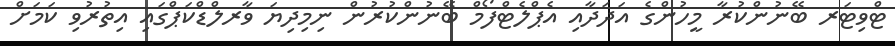
ޓްވިޓަރ ބޭނުންކުރާ މީހުންގެ އަދަދާއި އެޕްލެޓްފޯމް ބޭނުންކުރުން ނިމިދިޔަ ވާރލްޑްކަޕްގައި އިތުރުވި ކަމަށް